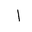
Letter: _alif